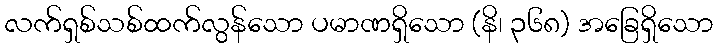
လက်ရှစ်သစ်ထက်လွန်သော ပမာဏရှိသော (နိ၊ ၃၆၈) အခြေရှိသော